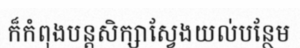
ក៏កំពុងបន្តសិក្សាស្វែងយល់បន្ថែម